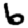
Digit: 6